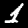
Label: 1